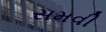
સમવી